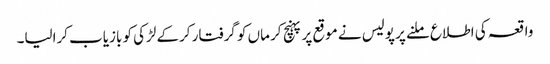
واقعہ کی اطلاع ملنے پر پولیس نے موقع پر پہنچ کر ماں کو گرفتار کرکے لڑکی کو بازیاب کرالیا۔